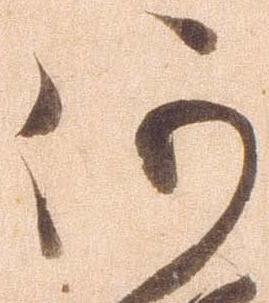
何